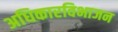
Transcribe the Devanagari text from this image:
अधिकारविभाजन